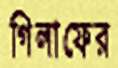
গিলাফের